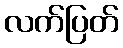
လက်ပြတ်